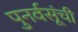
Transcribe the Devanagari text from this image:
पुनर्वसूंची